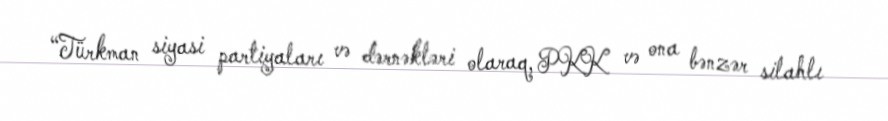
“Türkman siyasi partiyaları və dərnəkləri olaraq, PKK və ona bənzər silahlı